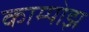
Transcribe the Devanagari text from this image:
काम्पोझ